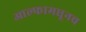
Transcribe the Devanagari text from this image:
आल्फामधूनच